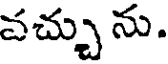
వచ్చును.